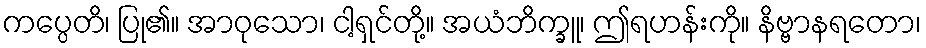
ကပ္ပေတိ၊ ပြု၏။ အာဝုသော၊ ငါ့ရှင်တို့။ အယံဘိက္ခူ၊ ဤရဟန်းကို။ နိဗ္ဗာနရတော၊